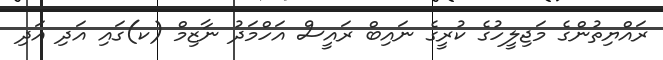
ރައްޔިތުންގެ މަޖިލީހުގެ ކުރީގެ ނައިބް ރައީސް އަހްމަދު ނާޒިމް (ކ)ގައި އަދި އަދި